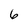
Character: 6